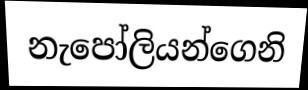
නැපෝලියන්ගෙනි